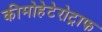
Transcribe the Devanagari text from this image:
कीमोहेटेरोट्राफ